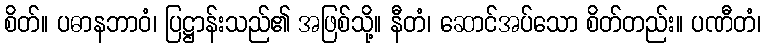
စိတ်။ ပဓာနဘာဝံ၊ ပြဋ္ဌာန်းသည်၏ အဖြစ်သို့။ နီတံ၊ ဆောင်အပ်သော စိတ်တည်း။ ပဏီတံ၊